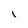
Character: I